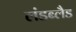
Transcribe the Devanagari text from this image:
लंडब्लैड